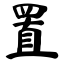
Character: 置